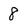
Character: 8